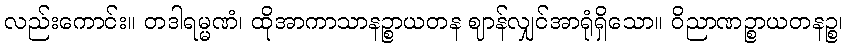
လည်းကောင်း။ တဒါရမ္မဏံ၊ ထိုအာကာသာနဉ္စာယတန ဈာန်လျှင်အာရုံရှိသော။ ဝိညာဏဉ္စာယတနဉ္စ၊